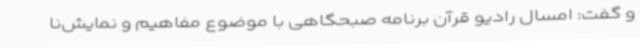
و گفت: امسال رادیو قرآن برنامه صبحگاهی با موضوع مفاهیم و نمایش‌نا